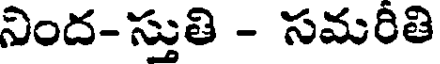
నింద-స్తుతి - సమరీతి